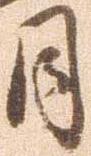
月